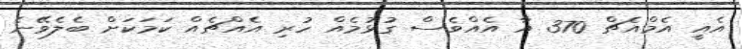
އެއީ އެމްއެޗް 370 އާ އެއްވެސް ގުޅުމެއް ހުރި އެއްޗެއް ކަމަކަށް ބެލެވޭނެ